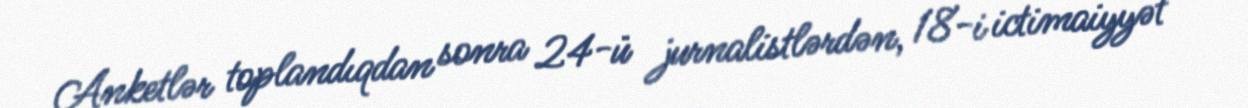
Anketlər toplandıqdan sonra 24-ü jurnalistlərdən, 18-i ictimaiyyət